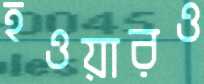
হওয়ারও